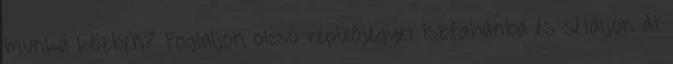
munka közben? Foglaljon olcsó repülőjegyet Iszfahánba és sétáljon át